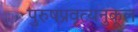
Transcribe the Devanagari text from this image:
पुरुषप्रवृत्यनुकूल